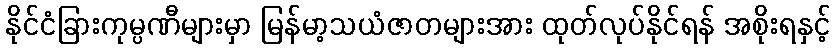
နိုင်ငံခြားကုမ္ပဏီများမှာ မြန်မာ့သယံဇာတများအား ထုတ်လုပ်နိုင်ရန် အစိုးရနှင့်